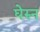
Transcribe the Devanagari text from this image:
घेरुन